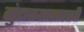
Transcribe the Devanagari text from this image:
गुंडाळ्यासारखी